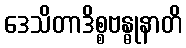
ဒေသိတာဒိစ္စဗန္ဓုနာတိ